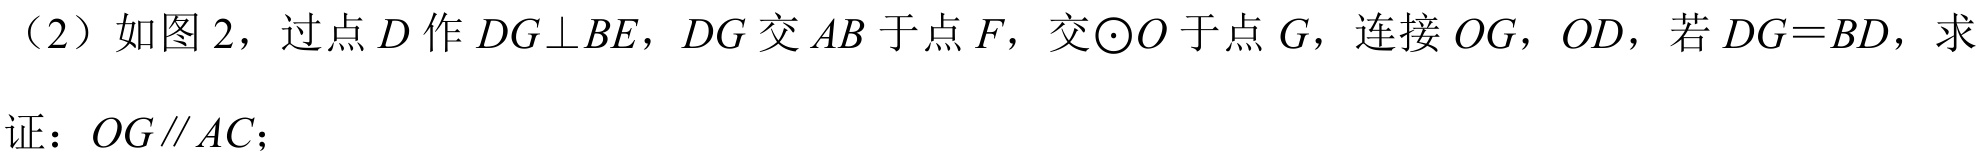
（2）如图2，过点\(D\)作\(DG\bot BE\)，\(DG\)交\(AB\)于点\(F\)，交\(\odot O\)于点\(G\)，连接\(OG\)，\(OD\)，若\(DG = BD\)，求
证：\(OG\parallel AC\)；